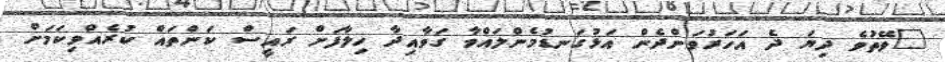
"ވޭތުވެ ދިޔަ ދެ އަހަރުވަންދެން އަޅުގަނޑުމެންލައްވާ ގަވާއިދާ ހިލާފަށް ރައީސް ކަންތައް ކުރެއްވިކަމަށް